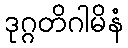
ဒုဂ္ဂတိဂါမိနံ